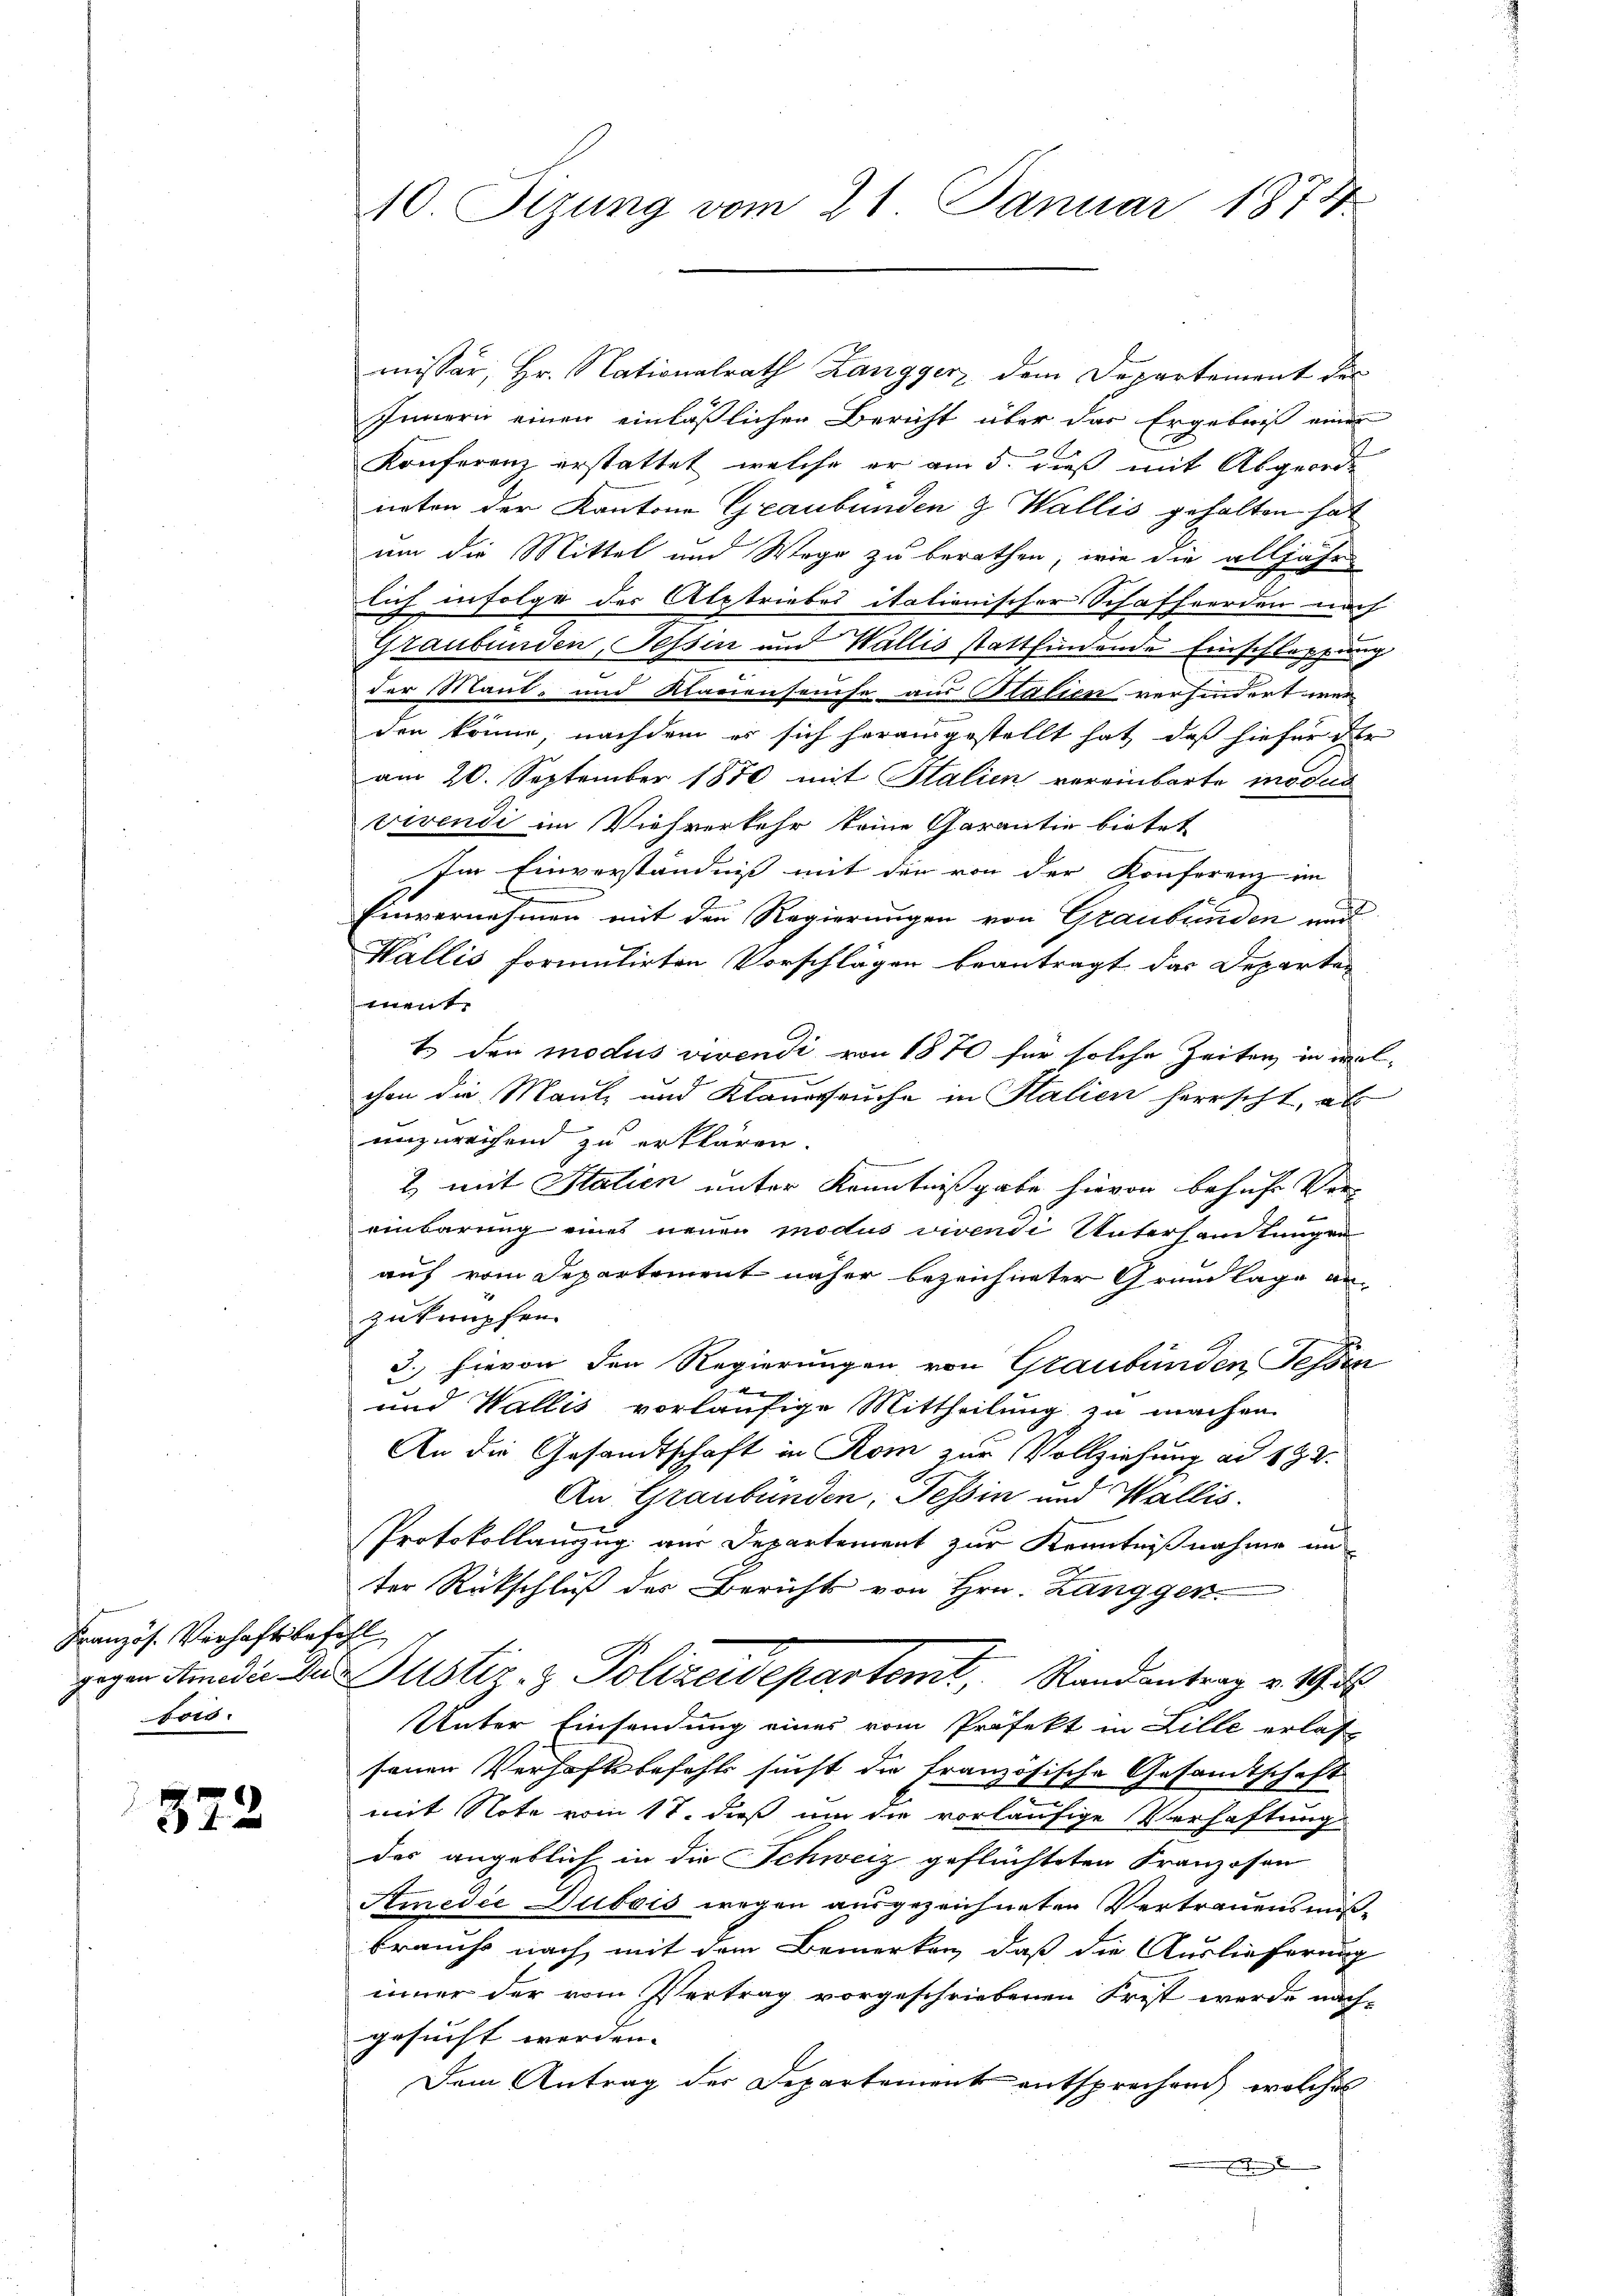
Französ. Verhaftsbefehl
tors.

372

ouissar, Hr. Nationalrath Zangger, dem Departement der
Innern einen einläßlichen Bericht über das Ergebniß einer
Konferenz erstattet, welche er am 5. dieß mit Abgeorde
irten der Kantone Graubünden & Wallis gehalten hat
um die Mittel und Wege zu berathen, wie die alljähr
lich infolge der Alptriebes italienischer Schafferden nach
Graubünden, Tessin und Wallis stattfindende Einschleppung
der Maut, und Klauenseuche aus Stalien verhindert war
den könne, nachdem es sich herausgestellt hat, daß hiefür die
am 20. September 1870 mit Stalien vereinbarte modus
vivendi im Viehverkehr keine Garantie bietet
Im Einverständniß mit der von der Konferenz im
Einvernehmen mit den Regierungen von Graubünden und
Wallis formulirten Vorschlägen beantragt das Departen
ment
t. den modus vivendi von 1870 für solche Zeiten in mal-
chen die Maut, und Klaueseuche in Stalien herrscht, als
unzureichend zu erklären.
2 mit Statien unter Kenntnißgabe hievon behufe Ver-
 f
einbarung eines neuen modus vivendi Unterhandlungen
auf vom Departement näher bezeichneter Grundlage anzuknüpfen.
3. hievon den Regierungen von Graubünden Tessin
d
und Wallis vorläufige Mittheilung zu machen
An die Gesandtschaft in Rom zur Vollziehung ad 192.
An: Graubünden, Tessin und Wallis.
Protokollanzzug aus Departement zur Kenntnißnahme un
ter Rückschluß des Berichts von Hrn. Langgen-
gegen Amdie Die Justiz- & Polizeidepartemt, Randantrag v. 19. d.
Unter Einsendung eines vom Präfekt in Lille erlas-
senen Verhaftsbefehls sucht die französische Gesandtschaft
mit Note vom 17. dieß um die vorläufige Verhaftung
des angeblich in die Schweiz geflüchteten Franzosen
Amedie Dubois wegen ausgezeichneten Vertrauensmißbrauche nach mit dem Bemerken, daß die Auslieferung
inner der vom Vertrag vorgeschriebenen Frist werde nachgesucht werden. |
Dem Antrag der Departement entsprechend welches
e

10. Sizung vom 21. Januar 1874.